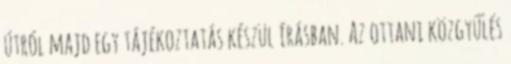
útról majd egy tájékoztatás készül írásban. Az ottani közgyűlés